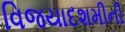
વિજયાદશમીની